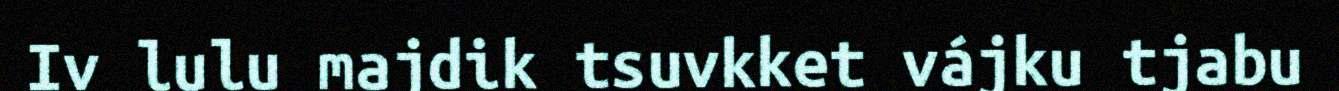
Iv lulu majdik tsuvkket vájku tjabu